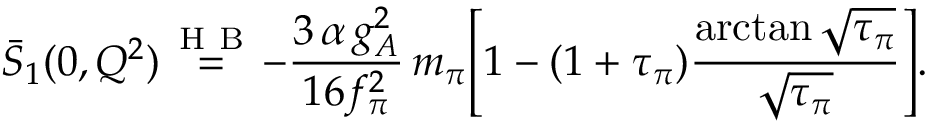
\bar { S } _ { 1 } ( 0 , Q ^ { 2 } ) \! \stackrel { \mathrm { ~ H ~ B ~ } } { = } \! - \frac { 3 \, \alpha \, g _ { A } ^ { 2 } } { 1 6 f _ { \pi } ^ { 2 } } \, m _ { \pi } \! \left[ 1 - ( 1 + \tau _ { \pi } ) \frac { \arctan \sqrt { \tau _ { \pi } } } { \sqrt { \tau _ { \pi } } } \right] \! .